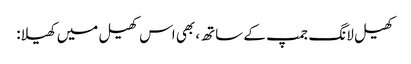
کھیل لانگ جمپ کے ساتھ، بھی اس کھیل میں کھیلا: